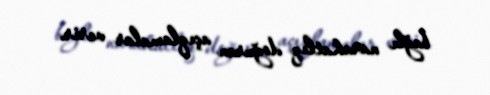
bağlı narahatlıq doğuran açıqlamalar verir.